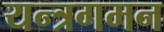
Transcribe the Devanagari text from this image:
यन्त्रगमन